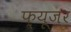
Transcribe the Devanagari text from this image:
फ़्यूज़र